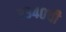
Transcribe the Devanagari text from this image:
ए३४०ची